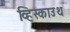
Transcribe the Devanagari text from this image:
व्हिस्काउथ